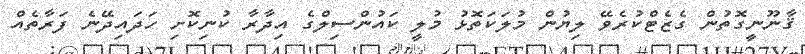
ޤާނޫނީގޮތުން ގެޒެޓްކުރެވޭ ލިޔުން މުލަކަތޮޅު މުލީ ކައުންސިލްގެ އިދާރާ ކުނިކޮށި ހަދައިދޭނެ ފަރާތެއް